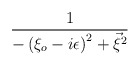
\begin{align*}\frac{1}{-\left( \xi _{o}-i\epsilon \right) ^{2}+\vec{\xi}^{2}}\end{align*}